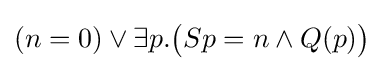
(n=0)\lor \exists p.{\big (}Sp=n\land Q(p){\big )}